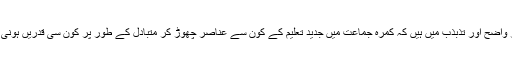
وہ غیر واضح اور تذبذب میں ہیں کہ کمرہ جماعت میں جدید تعلیم کے کون سے عناصر چھوڑ کر متبادل کے طور پر کون سی قدریں ہونی چاہیں۔